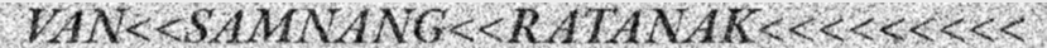
VAN<<SAMNANG<<RATANAK<<<<<<<<<